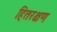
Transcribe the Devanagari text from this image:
हितरक्षण